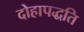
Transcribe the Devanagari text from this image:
दोहापद्धति